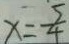
x = \frac { 5 } { 4 }